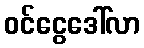
ဝင်ငွေဒေါ်လာ